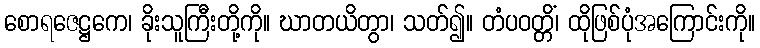
စောရဇေဋ္ဌကေ၊ ခိုးသူကြီးတို့ကို။ ဃာတယိတွာ၊ သတ်၍။ တံပဝတ္တိံ၊ ထိုဖြစ်ပုံအကြောင်းကို။